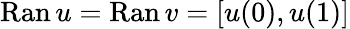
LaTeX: \mathrm{Ran}\, u=\mathrm{Ran}\, v=[u(0),u(1)]